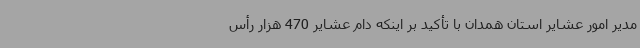
مدیر امور عشایر استان همدان با تأکید بر اینکه دام عشایر 470 هزار رأس